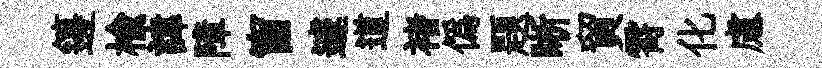
籩榆諱障窗遽道褚僞題晰貿霄化慮